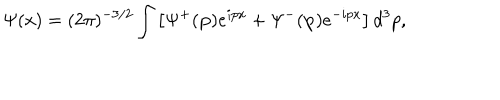
\Psi ( x ) = ( 2 \pi ) ^ { - 3 / 2 } \int \left[ \Psi ^ { + } ( \mathbf { p } ) e ^ { i p x } + \Psi ^ { - } ( \mathbf { p } ) e ^ { - i p x } \right] d ^ { 3 } p ,